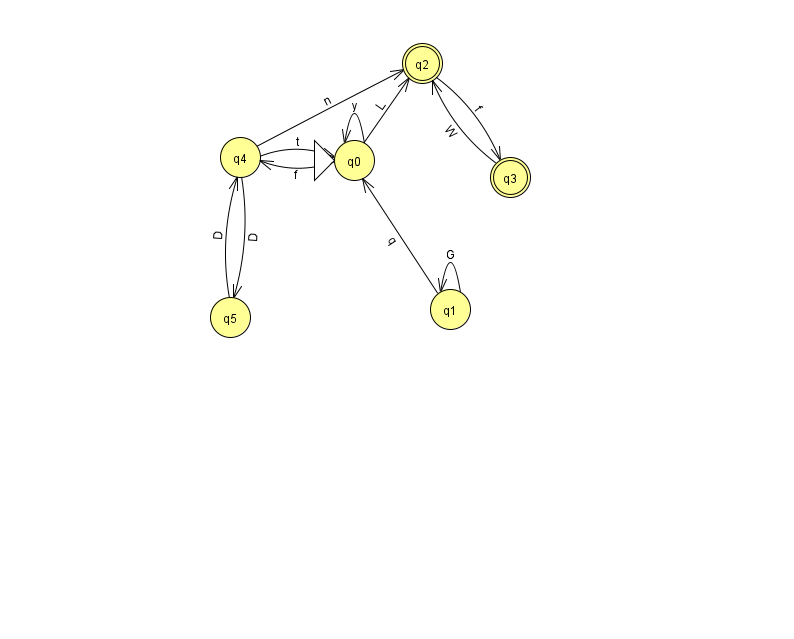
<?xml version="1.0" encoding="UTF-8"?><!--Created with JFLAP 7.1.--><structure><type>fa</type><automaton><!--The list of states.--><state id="0" name="q0"><x>354.0</x><y>147.0</y><initial/></state><state id="1" name="q1"><x>450.0</x><y>296.0</y></state><state id="2" name="q2"><x>422.0</x><y>50.0</y><final/></state><state id="3" name="q3"><x>510.0</x><y>164.0</y><final/></state><state id="4" name="q4"><x>240.0</x><y>144.0</y></state><state id="5" name="q5"><x>230.0</x><y>304.0</y></state><!--The list of transitions.--><transition><from>4</from><to>0</to><read>t</read></transition><transition><from>0</from><to>2</to><read>L</read></transition><transition><from>0</from><to>4</to><read>f</read></transition><transition><from>4</from><to>5</to><read>D</read></transition><transition><from>5</from><to>4</to><read>D</read></transition><transition><from>1</from><to>0</to><read>q</read></transition><transition><from>3</from><to>2</to><read>W</read></transition><transition><from>4</from><to>2</to><read>n</read></transition><transition><from>2</from><to>3</to><read>f</read></transition><transition><from>1</from><to>1</to><read>G</read></transition><transition><from>0</from><to>0</to><read>y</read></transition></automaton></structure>